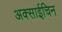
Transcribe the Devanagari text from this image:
अक्साईचिन